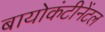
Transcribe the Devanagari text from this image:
बायोकंटीनेंटल